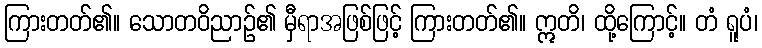
ကြားတတ်၏။ သောတဝိညာဉ်၏ မှီရာအဖြစ်ဖြင့် ကြားတတ်၏။ ဣတိ၊ ထို့ကြောင့်။ တံ ရူပံ၊